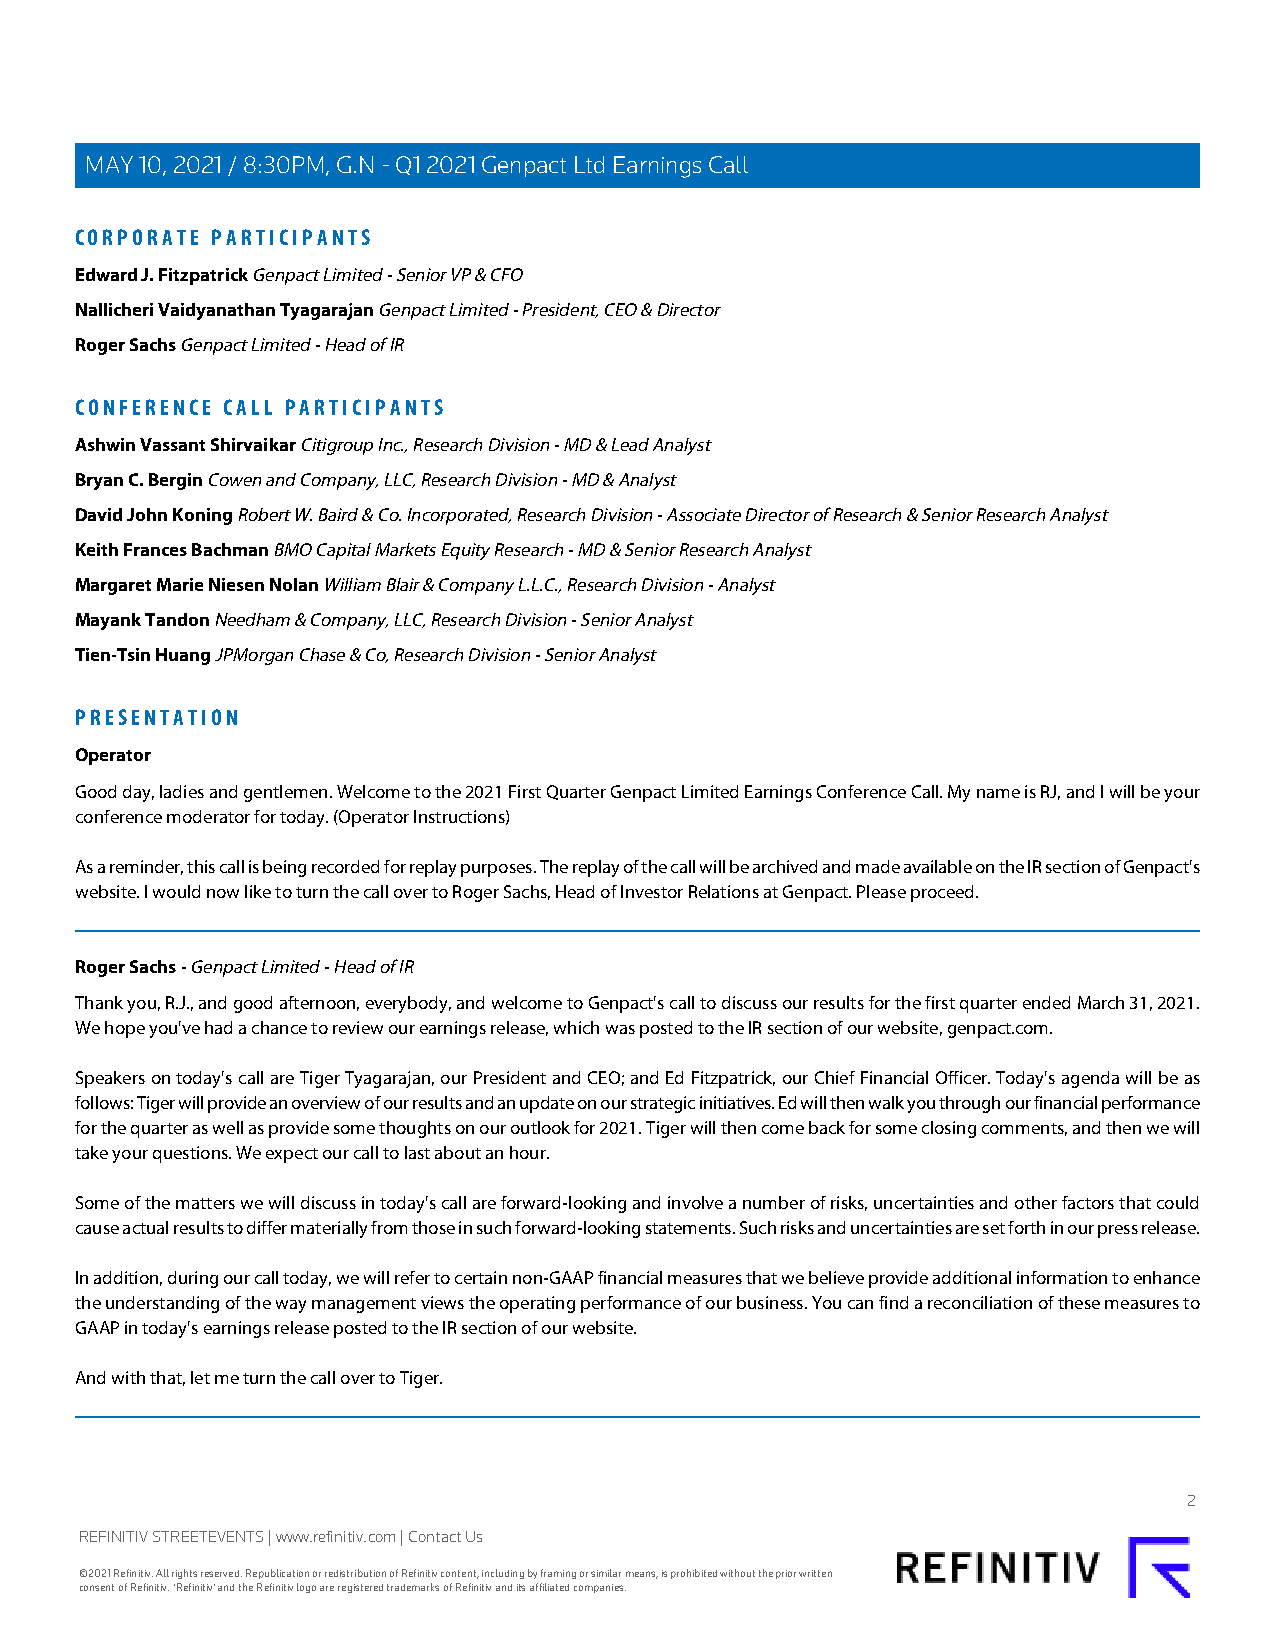
MAY 10, 2021 / 8:30PM, G.N - Q1 2021 Genpact Ltd Earnings Call
 CORPORATE PARTICIPANTS
 Edward J. Fitzpatrick Genpact Limited - Senior VP & CFO
 Nallicheri Vaidyanathan Tyagarajan Genpact Limited - President, CEO & Director
 Roger Sachs Genpact Limited - Head of IR
 CONFERENCE CALL PARTICIPANTS
 Ashwin Vassant Shirvaikar Citigroup Inc., Research Division - MD & Lead Analyst
 Bryan C. Bergin Cowen and Company, LLC, Research Division - MD & Analyst
 David John Koning Robert W. Baird & Co. Incorporated, Research Division - Associate Director of Research & Senior Research Analyst
 Keith Frances Bachman BMO Capital Markets Equity Research - MD & Senior Research Analyst
 Margaret Marie Niesen Nolan William Blair & Company L.L.C., Research Division - Analyst
 Mayank Tandon Needham & Company, LLC, Research Division - Senior Analyst
 Tien-Tsin Huang JPMorgan Chase & Co, Research Division - Senior Analyst
 PRESENTATION
 Operator
 Good day, ladies and gentlemen. Welcome to the 2021 First Quarter Genpact Limited Earnings Conference Call. My name is RJ, and I will be your
 conference moderator for today. (Operator Instructions)
 As a reminder, this call is being recorded for replay purposes. The replay of the call will be archived and made available on the IR section of Genpact's
 website. I would now like to turn the call over to Roger Sachs, Head of Investor Relations at Genpact. Please proceed.
 Roger Sachs - Genpact Limited - Head of IR
 Thank you, R.J., and good afternoon, everybody, and welcome to Genpact's call to discuss our results for the first quarter ended March 31, 2021.
 We hope you've had a chance to review our earnings release, which was posted to the IR section of our website, genpact.com.
 Speakers on today's call are Tiger Tyagarajan, our President and CEO; and Ed Fitzpatrick, our Chief Financial Officer. Today's agenda will be as
 follows: Tiger will provide an overview of our results and an update on our strategic initiatives. Ed will then walk you through our financial performance
 for the quarter as well as provide some thoughts on our outlook for 2021. Tiger will then come back for some closing comments, and then we will
 take your questions. We expect our call to last about an hour.
 Some of the matters we will discuss in today's call are forward-looking and involve a number of risks, uncertainties and other factors that could
 cause actual results to differ materially from those in such forward-looking statements. Such risks and uncertainties are set forth in our press release.
 In addition, during our call today, we will refer to certain non-GAAP financial measures that we believe provide additional information to enhance
 the understanding of the way management views the operating performance of our business. You can find a reconciliation of these measures to
 GAAP in today's earnings release posted to the IR section of our website.
 And with that, let me turn the call over to Tiger.
 2
 REFINITIV STREETEVENTS | www.refinitiv.com | Contact Us
 ©2021 Refinitiv. All rights reserved. Republication or redistribution of Refinitiv content, including by framing or similar means, is prohibited without the prior written
 consent of Refinitiv. 'Refinitiv' and the Refinitiv logo are registered trademarks of Refinitiv and its affiliated companies.